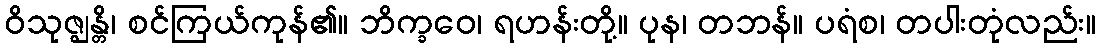
ဝိသုဇ္ဈန္တိ၊ စင်ကြယ်ကုန်၏။ ဘိက္ခဝေ၊ ရဟန်းတို့။ ပုန၊ တဘန်။ ပရံစ၊ တပါးတုံလည်း။